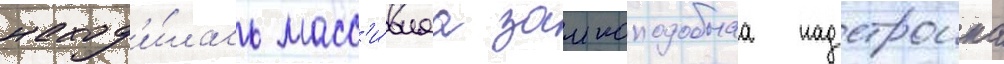
наход'и́лась масс'и́внаа замкоподобнаа надстроика